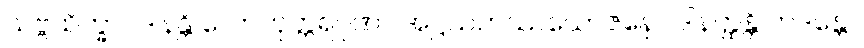
သဗ္ဗသိက္ခာပဒါနန္တိ လောကုတ္တရဂုဏာ အဋ္ဌသဟဿယောဇနော ဒါနတ္ထန္တိ တဒန္တော